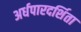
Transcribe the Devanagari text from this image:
अर्धपारदर्शिता